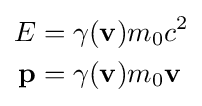
{\begin{aligned}E&=\gamma (\mathbf {v} )m_{0}c^{2}\\\mathbf {p} &=\gamma (\mathbf {v} )m_{0}\mathbf {v} \end{aligned}}